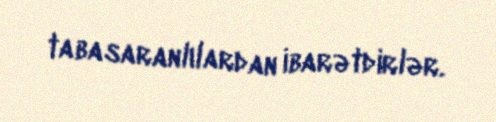
tabasaranlılardan ibarətdirlər.